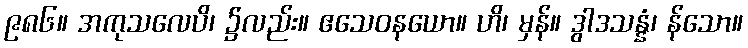
၉၈၆။ အကုသလေပိ၊ ၌လည်း။ ဧသေဝနယော။ ဟိ၊ မှန်။ ဒွါဒသန္နံ၊ န်သော။